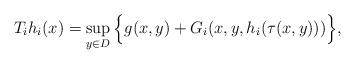
LaTeX: \begin{align*}T_{i}h_{i}(x)=\sup_{y\in D}\Big\{g(x,y)+G_{i}(x,y,h_{i}(\tau (x,y)))\Big\},\end{align*}